Report on vaccination in Madras 1895-1903 - 1895-1903
Year: 1895
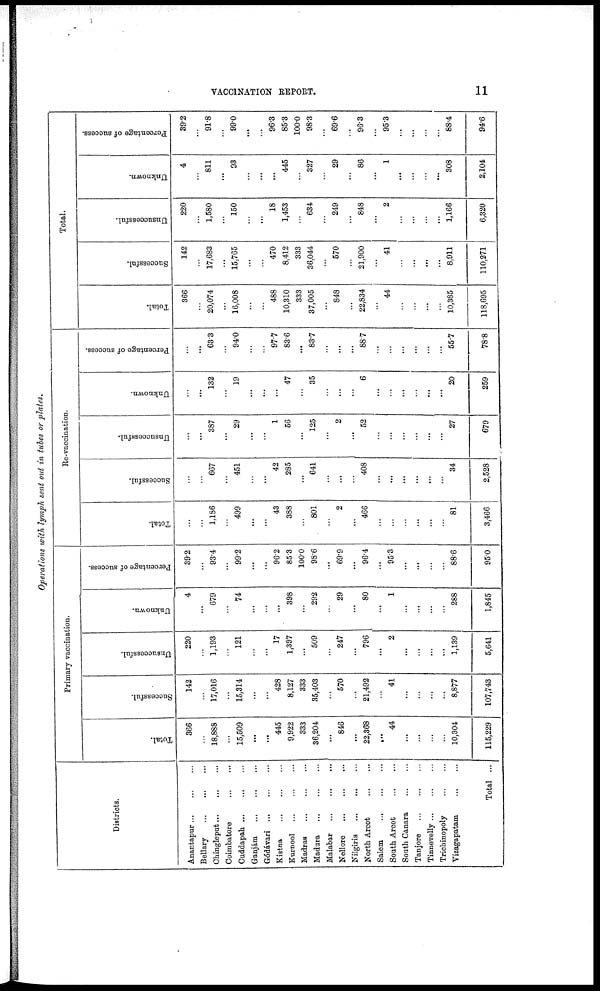
VACCINATION REPORT.
11
Operations with lymph sent out in tubes or plates.
Districts.
Anantapur...
...
...
Bellary...
...
...
Chingleput...
...
...
Coimbatore... ...
Cuddapah... ... ...
Ganjám...
...
...
Gódávari...
...
...
Kistna...
...
...
Kurnool...
...
...
Madras...
...
...
Madura...
...
...
Malabar...
...
...
Nellore...
...
...
Nilgiris...
...
...
North Arcot... ... ...
Salem...
...
...
South
Arcot...
...
South
Canara...
...
Tanjore...
...
Tinnevelly...
...
...
Trichinopoly...
...
...
Vizagapatam...
...
Total ...
Primary vaccination.
Total.
366
...
18,888
...
15,509
...
...
445
9,922
333
36,204
...
846
...
22,368
...
44
...
...
...
...
10,304
115,229
Successful.
142
...
17,016
...
15,314
...
...
428
8,127
333
35,403
...
570
...
21,492
...
41
...
...
...
...
8,877
107,743
Unsuccessful.
220
...
1,193
...
121
...
...
17
1,397
...
509
...
247
...
796
...
2
...
...
...
...
1,139
5,641
Unknown.
4
...
679
...
74
...
...
...
398
...
292
...
29
...
80
...
1
...
...
...
...
288
1,845
Percentage of success.
39.2
...
93.4
...
99.2
...
...
96.2
85.3
100.0
98.6
...
69.9
...
96.4
...
95.3
...
...
...
...
88.6
95.0
Re-vaccination.
Total.
...
...
1,186
...
499
...
...
43
388
...
801
...
2
...
466
...
...
...
...
...
...
81
3,466
Successful.
...
...
667
...
451
...
...
42
285
...
641
...
...
...
408
...
...
...
...
...
...
34
2,528
Unsuccessful.
...
...
387
...
29
...
...
1
56
...
125
...
2
...
52
...
...
...
...
...
...
27
679
Unknown.
...
...
132
...
19
...
...
...
47
...
35
...
...
...
6
...
...
...
...
...
...
20
259
Percentage of success.
...
...
63.3
...
94.0
...
...
97.7
83.6
...
83.7
...
...
...
88.7
...
...
...
...
...
...
55.7
78.8
Total.
Total.
366
...
20,074
...
16,008
...
...
488
10,310
333
37,005
...
848
...
22,834
...
44
...
...
...
...
10,385
118,695
Successful.
142
...
17,683
...
15,765
...
...
470
8,412
333
36,044
...
570
...
21,900
...
41
...
...
...
...
8,911
110,271
Unsuccessful.
220
...
1,580
...
150
...
...
18
1,453
...
634
...
249
...
848
...
2
...
...
...
...
1,166
6,320
Unknown.
4
...
811
...
93
...
...
...
445
...
327
...
29
...
86
...
1
...
...
...
...
308
2,104
Percentage of success.
39.2
...
91.8
...
99.0
...
...
96.3
85.3
100.0
98.3
...
69.6
...
96.3
...
95.3
...
...
...
...
88.4
94.6